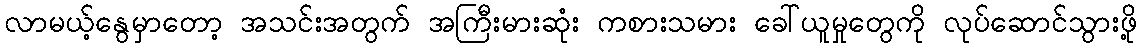
လာမယ့်နွေမှာတော့ အသင်းအတွက် အကြီးမားဆုံး ကစားသမား ခေါ်ယူမှုတွေကို လုပ်ဆောင်သွားဖို့